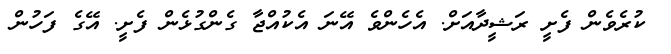
ކުރެވެން ފެށީ ރަޝީދާއަށް. އެހެންވެ އޭނަ އެކުއްޖާ ގެންގުޅެން ފެށީ. އޭގެ ފަހުން